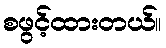
စဖွင့်ထားတယ်။